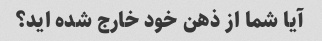
آیا شما از ذهن خود خارج شده اید؟